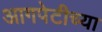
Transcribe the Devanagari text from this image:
आगपेटीच्या